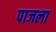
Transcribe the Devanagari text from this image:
पाजला